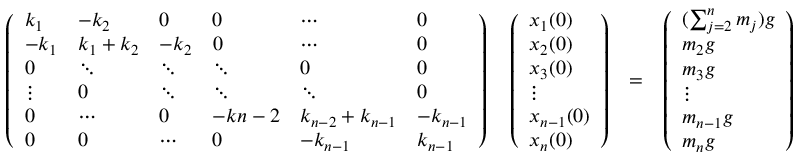
\begin{array} { r l r } { \left( \begin{array} { l l l l l l } { k _ { 1 } } & { - k _ { 2 } } & { 0 } & { 0 } & { \cdots } & { 0 } \\ { - k _ { 1 } } & { k _ { 1 } + k _ { 2 } } & { - k _ { 2 } } & { 0 } & { \cdots } & { 0 } \\ { 0 } & { \ddots } & { \ddots } & { \ddots } & { 0 } & { 0 } \\ { \vdots } & { 0 } & { \ddots } & { \ddots } & { \ddots } & { 0 } \\ { 0 } & { \cdots } & { 0 } & { - k { n - 2 } } & { k _ { n - 2 } + k _ { n - 1 } } & { - k _ { n - 1 } } \\ { 0 } & { 0 } & { \cdots } & { 0 } & { - k _ { n - 1 } } & { k _ { n - 1 } } \end{array} \right) \quad \left( \begin{array} { l } { x _ { 1 } ( 0 ) } \\ { x _ { 2 } ( 0 ) } \\ { x _ { 3 } ( 0 ) } \\ { \vdots } \\ { x _ { n - 1 } ( 0 ) } \\ { x _ { n } ( 0 ) } \end{array} \right) } & { = } & { \left( \begin{array} { l } { ( \sum _ { j = 2 } ^ { n } m _ { j } ) g } \\ { m _ { 2 } g } \\ { m _ { 3 } g } \\ { \vdots } \\ { m _ { n - 1 } g } \\ { m _ { n } g } \end{array} \right) } \end{array}